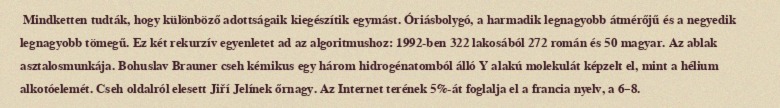
Mindketten tudták, hogy különböző adottságaik kiegészítik egymást. Óriásbolygó, a harmadik legnagyobb átmérőjű és a negyedik legnagyobb tömegű. Ez két rekurzív egyenletet ad az algoritmushoz: 1992-ben 322 lakosából 272 román és 50 magyar. Az ablak asztalosmunkája. Bohuslav Brauner cseh kémikus egy három hidrogénatomból álló Y alakú molekulát képzelt el, mint a hélium alkotóelemét. Cseh oldalról elesett Jiří Jelínek őrnagy. Az Internet terének 5%-át foglalja el a francia nyelv, a 6–8.